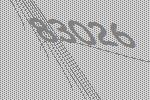
83026